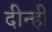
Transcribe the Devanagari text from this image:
दीन्‍हीं